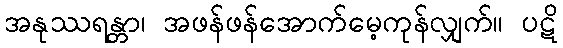
အနုဿရန္တာ၊ အဖန်ဖန်အောက်မေ့ကုန်လျှက်။ ပဋိ